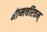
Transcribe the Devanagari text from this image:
भीष्मचरितम्